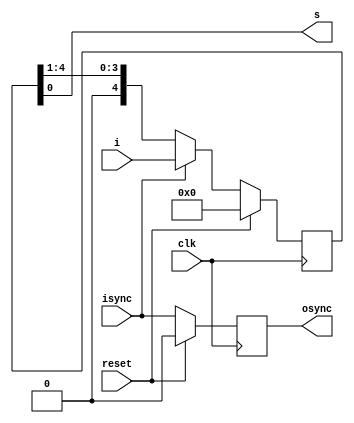
module piso 
  #(parameter LEN = 5)
   (input           reset,
    input	    clk,
    input [LEN-1:0] i,
    output	    s,
    input	    isync,
    output	    osync);
   
   reg [(LEN-1):0]    shiftreg;
   wire [(LEN-1):0]   nextshiftreg;
   reg		      syncreg;
   
   always @(posedge clk)
     begin
	if (reset == 1'b1)
	  begin
	     syncreg <= 1'b0;	     
	     shiftreg <= 1'b0;
	  end	
	else
	  begin
	     shiftreg <= nextshiftreg;
	     syncreg <= isync;
	  end
     end

   assign nextshiftreg = isync ? i : {1'b0, shiftreg[LEN-1:1]};
   assign s = shiftreg[0];
   assign osync = syncreg;
   
endmodule